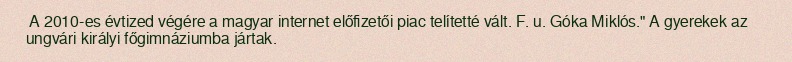
A 2010-es évtized végére a magyar internet előfizetői piac telítetté vált. F. u. Góka Miklós." A gyerekek az ungvári királyi főgimnáziumba jártak.